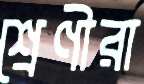
শ্রেণীরা